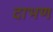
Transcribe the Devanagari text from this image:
दाभण